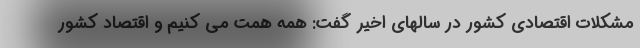
مشکلات اقتصادی کشور در سالهای اخیر گفت: همه همت می کنیم و اقتصاد کشور